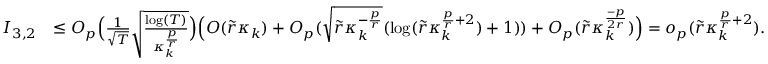
\begin{array} { r l } { I _ { 3 , 2 } } & { \le O _ { p } \Big ( \frac { 1 } { \sqrt { T } } \sqrt { \frac { \log ( T ) } { \kappa _ { k } ^ { \frac { p } { r } } } } \Big ) \Big ( O ( \widetilde { r } \kappa _ { k } ) + O _ { p } ( \sqrt { \widetilde { r } \kappa _ { k } ^ { - \frac { p } { r } } } ( \log ( \widetilde { r } \kappa _ { k } ^ { \frac { p } { r } + 2 } ) + 1 ) ) + O _ { p } ( \widetilde { r } \kappa _ { k } ^ { \frac { - p } { 2 r } } ) \Big ) = o _ { p } ( \widetilde { r } \kappa _ { k } ^ { \frac { p } { r } + 2 } ) . } \end{array}